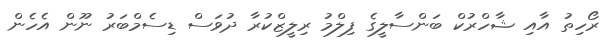
ރޯހިތު އާއި ޝާހްރުކް ބަންސާލީގެ ފިލްމު ރިލީޒްކުރާ ދުވަސް ޑިސެމްބަރު ނޫން އެހެން